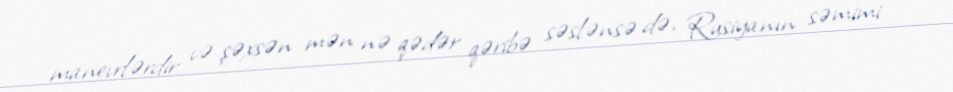
manevrlərdir və şəxsən mən nə qədər qəribə səslənsə də, Rusiyanın səmimi